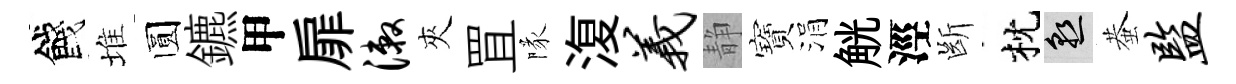
餞堆圆鑣甲扉漱夾罝隊𣸪义静寶涓觥涇㫁枕熟蛬监